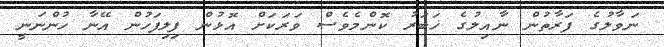
ނަވާލުގެ ފަރާތުން ނާއިލުގެ ޚަބަރު ކޮންމެވެސް ވަރަކަށް އޮޅުން ފިލިފަހުން އޭނާ ހުންނަނީ